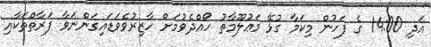
އަދި 14:00 ގެ ފަހުން މިކަމާ ގުޅޭ މަޢުލޫމާތު ހޯއްދެވުމަށް ހާޒިރުވެވަޑައިގަންނަވާ ފަރާތްތަކާއި